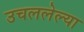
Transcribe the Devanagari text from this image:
उचललेल्या